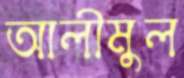
আলীমুল